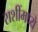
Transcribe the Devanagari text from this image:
राशींमध्ये